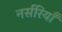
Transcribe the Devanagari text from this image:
नर्सरियाँ